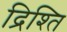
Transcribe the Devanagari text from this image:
द्रिश्ति